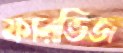
ফারভিজ